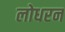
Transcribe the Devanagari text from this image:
लोधरन